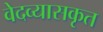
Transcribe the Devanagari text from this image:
वेदव्यासकृत